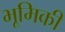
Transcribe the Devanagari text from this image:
भूमिकी